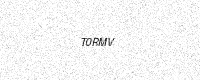
Text: T0RMV